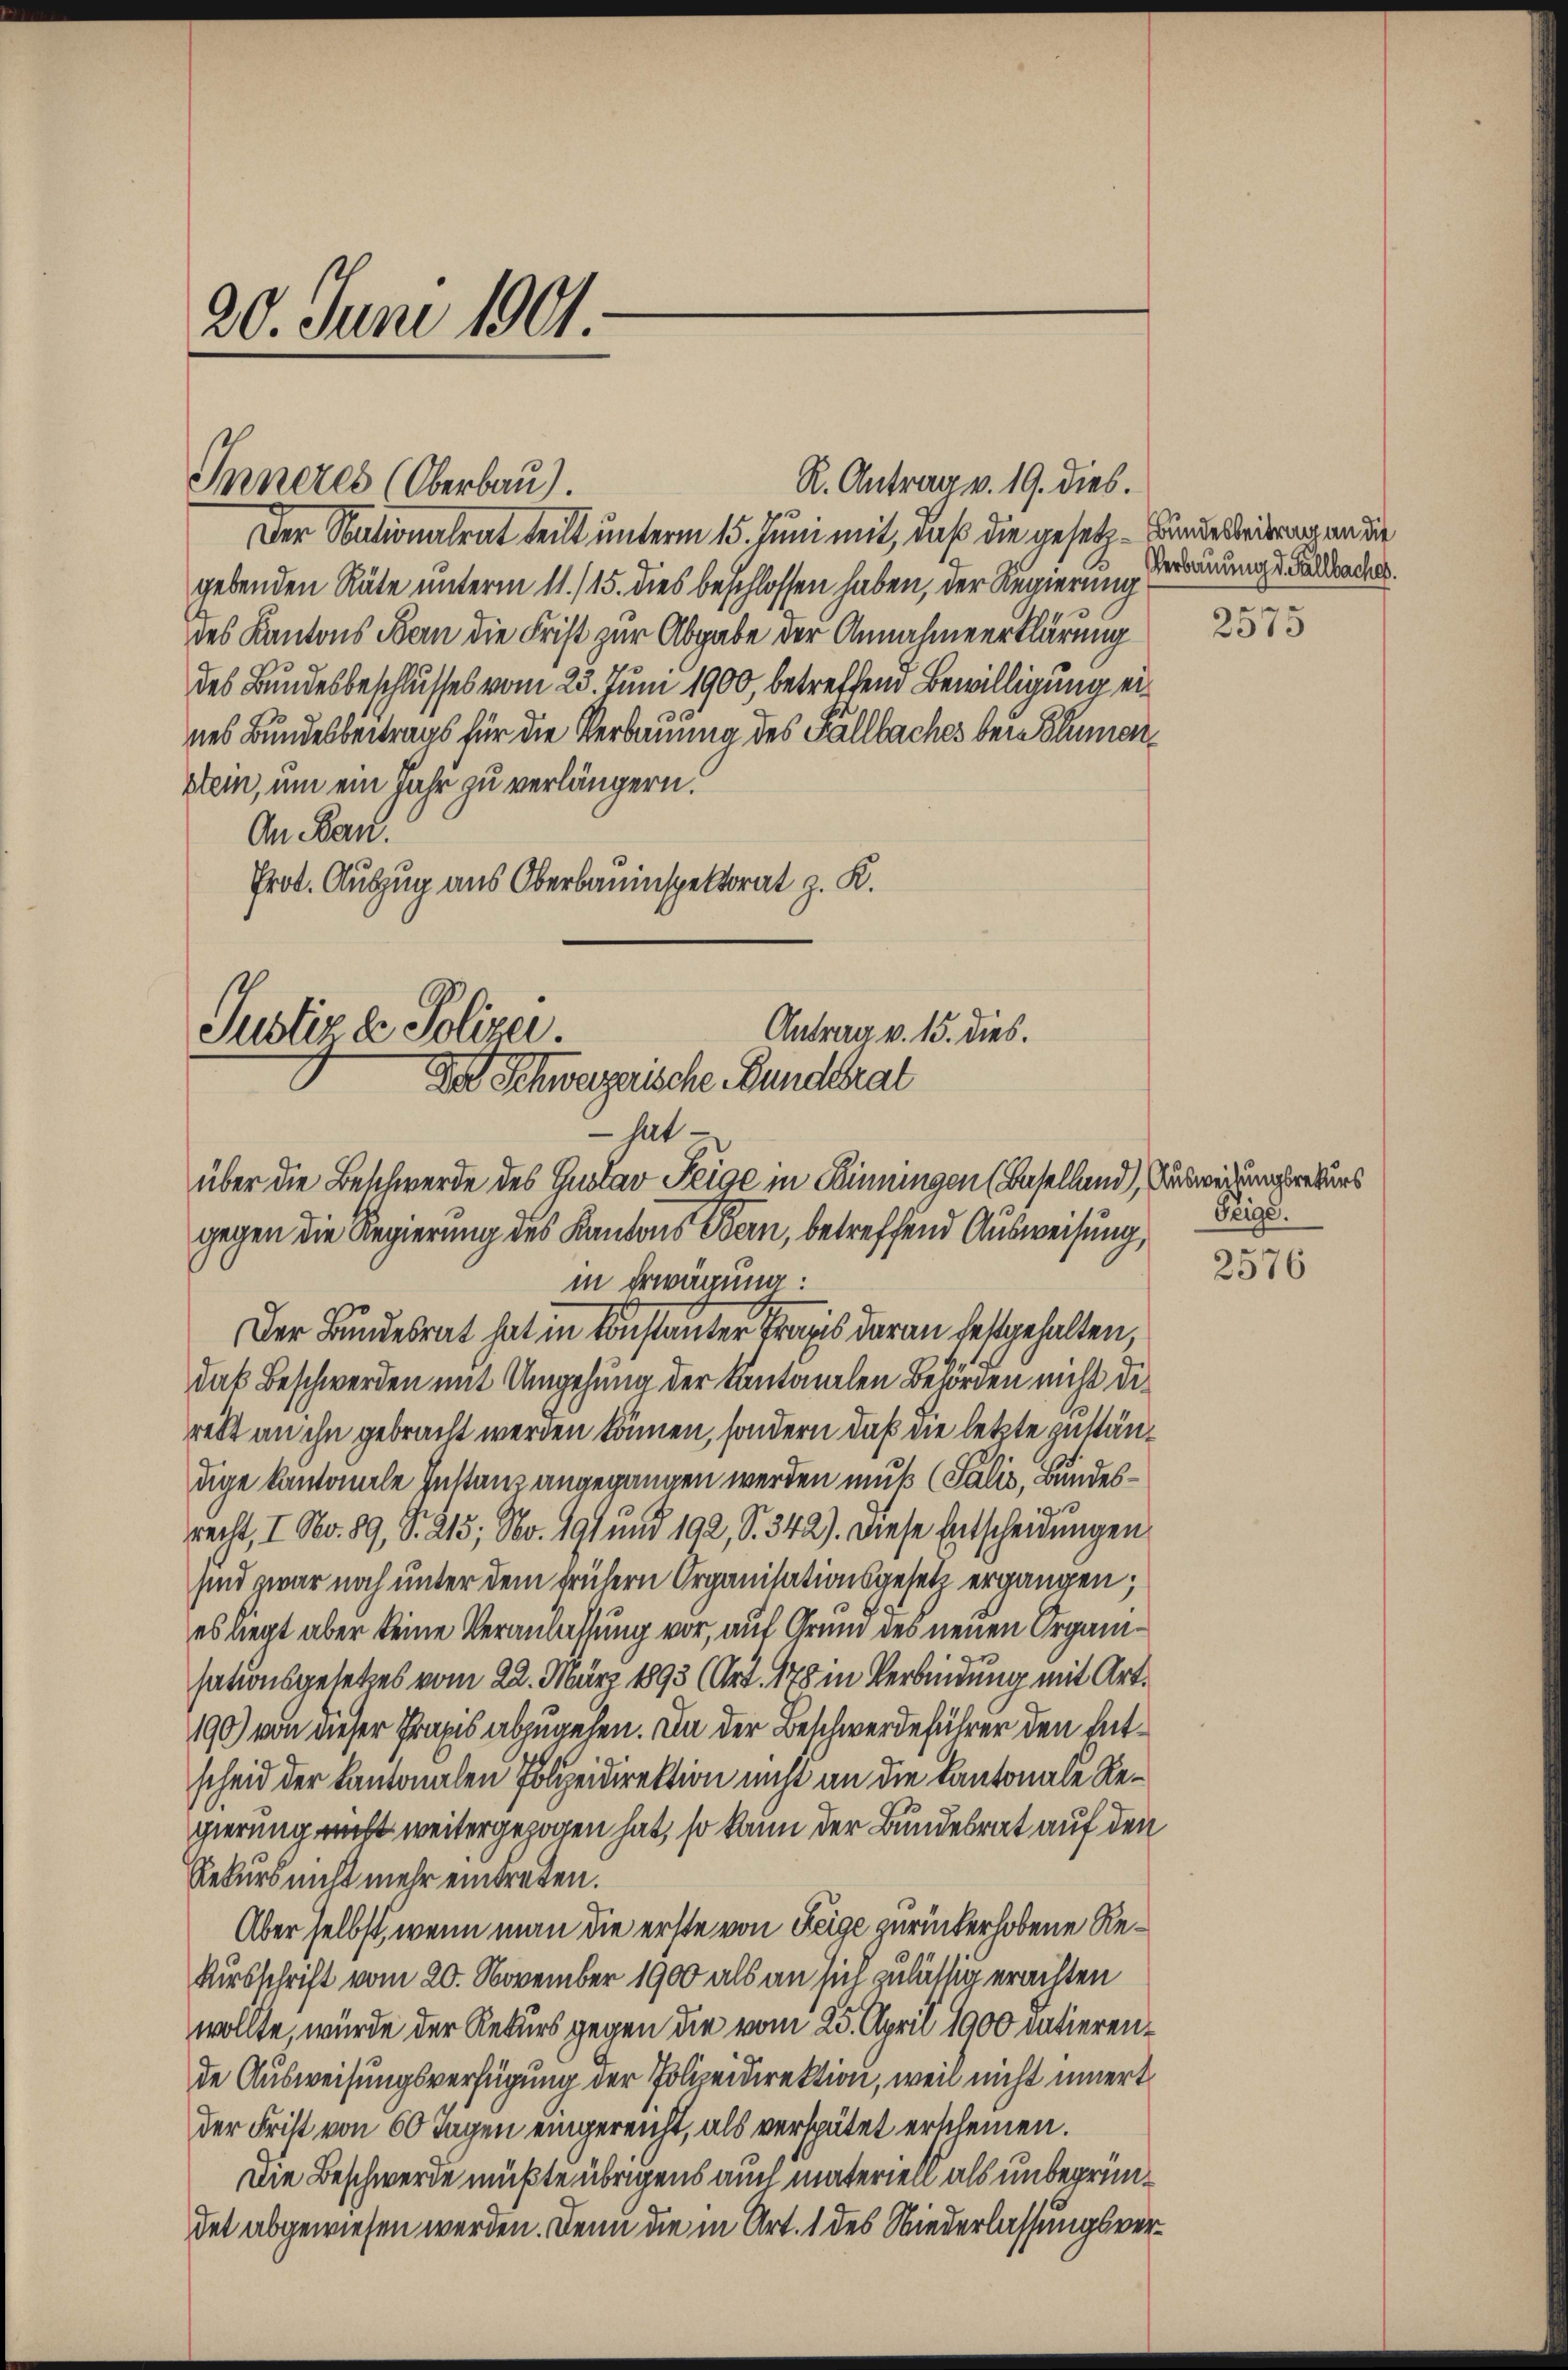
20. Juni 1901.

Inneres (Oberbau).

R. Antrag v. 19. dies.

Der Nationalrat teilt unterm 15. Juni mit, daß die gesetz- Bundesbeitrag an die
gebenden Räte unterm 11. /15. dies beschlossen haben, der Regierung
des Kantons Bern die Frist zur Abgabe der Annahmeerklärung
des Bundesbeschlusses vom 23. Juni 1900, betreffend Bewilligung eines Bundesbeitrags für die Verbauung des Fallbaches bei Blumenstein, um ein Jahr zu verlängern.
An an.
Prot. Auszug aus Oberbauinspektorat z. K.

Justiz & Polizei.
Antrag v. 15. dies.
Der Schweizerische Bundesrat
 hat
über die Beschwerde des Gustav Feige in Kinningen (Baselland), Ausweisungsrekurs

gegen die Regierung des Kantons Bern, betreffend Ausweisung,
in Erwägung:
Der Bundesrat hat in Konstanter Praxis daran festgehalten,
daß Beschwerden mit Umgehung der Kantonalen Behörden nicht die
rett an ihn gebracht werden können, sondern daß die letzte zuständige kantonale Instanz angegangen werden muß (Salis, Bundesrecht, I No. 89, S. 215; No. 191 und 192, S. 342). Diese Entscheidungen
sind zwar noch unter dem frühern Organisationsgesetz ergangen;
es liegt aber keine Veranlassung vor, auf Grund des neuen Organisationsgesetzes vom 22. März 1893 (Art. 178 in Verbindung mit Art.
190) von dieser Praxis abzugehen. In der Beschwerdeführer den Entscheid der Kantonalen Polizeidirektion nicht an die Kantonale Regierung nicht weitergezogen hat, so kann der Bundesrat auf den
Rekurs nicht mehr eintreten.
Aber selbst, wenn man die erste von Feige zurückerhobene Re¬
Kirsschrift vom 20. November 1900 als an sich zulässig erachten
wollte, würde der Rekurs gegen die vom 25. April 1900 datierende Ausweisungsverfügung der Polizeidirektion, weil nicht innert
der Frist von 60 Tagen eingereicht, als verspätet erscheinen.
Die Beschwerde müßte übrigens auch materiell als unbegründet abgewiesen werden. Denn die in Art. 1 des Niederlassungsver¬

Verbauung d. Fallbache.

2575

Feige.

2576